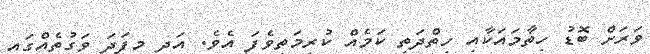
ވަރަށް ބޮޑު ހިތާމައަކާއި ހިތްދަތި ކަމެއް ކުރިމަތިވެފަ އެވެ. އަދި މިފަދަ ވަގުތެއްގައި